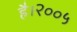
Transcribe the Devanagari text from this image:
है।२००५